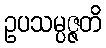
ဥပသမ္ပဇ္ဇတိ